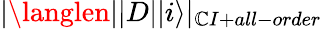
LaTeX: |\langlen||D||i\rangle|_{\mathbb{C}I+all-order}